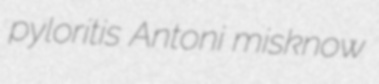
pyloritis Antoni misknow